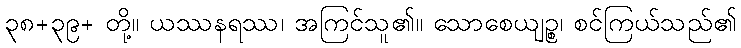
၃၈+၃၉+ တို့။ ယဿနရဿ၊ အကြင်သူ၏။ သောစေယျဉ္စ၊ စင်ကြယ်သည်၏